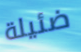
ضئيلة